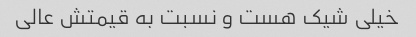
خیلی شیک هست و نسبت به قیمتش عالی